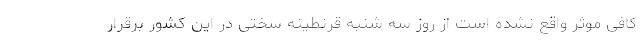
کافی موثر واقع نشده است از روز سه شنبه قرنطینه سختی در این کشور برقرار